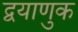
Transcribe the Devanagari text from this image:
द्वयाणुक